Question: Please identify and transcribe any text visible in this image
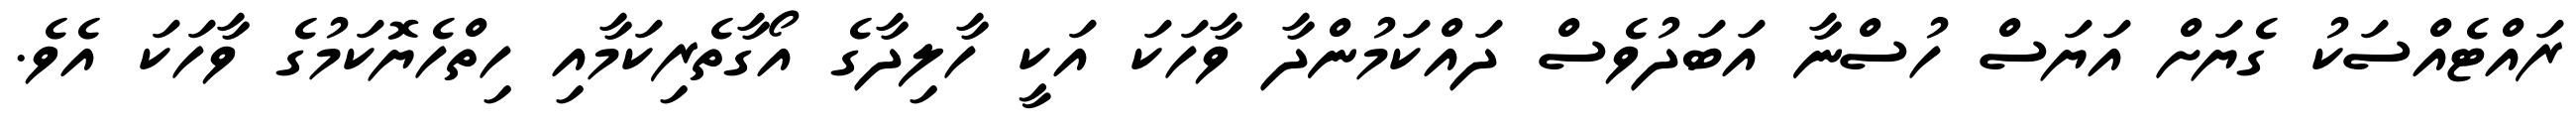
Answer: ރައްޓެއްސަކު ގެޔަށް އަޔަސް ހުސްނާ އަބަދުވެސް ދައްކަމުންދާ ވާހަކަ އަކީ ހާލިދާގެ އޯގާތެރިކަމާއި ހިތްހެޔޮކަމުގެ ވާހަކަ އެވެ.